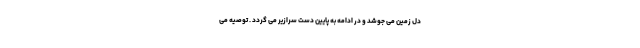
دل زمین می جوشد و در ادامه به پایین دست سرازیر می گردد . توصیه می